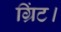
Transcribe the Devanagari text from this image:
ग्रिंट।